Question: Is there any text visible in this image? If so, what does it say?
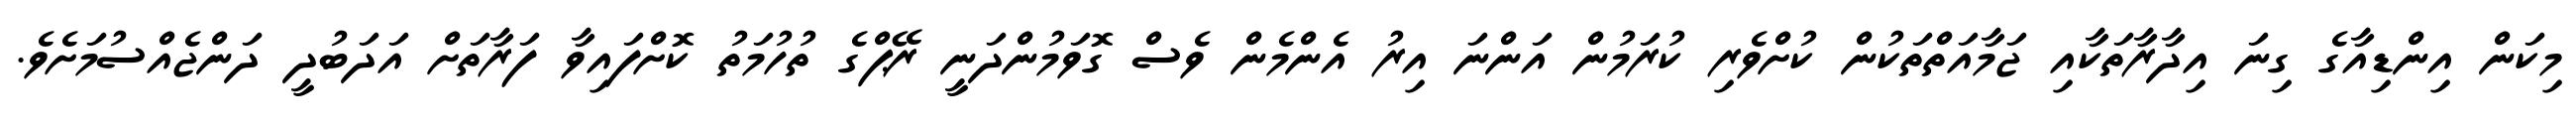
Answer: މިކަން އިންޑިއާގެ ގިނަ އިދާރާތަކާއި ޖަމާއަތްތަކުން ކުށްވެރި ކުރަމުން އަންނަ އިރު އެންމެން ވެސް ގޮވަމުންދަނީ ރޭޕްގެ ތުހުމަތު ކޮށްފައިވާ ފަރާތަށް އަދަބުދީ ދަންޖެއްސުމަށެވެ.